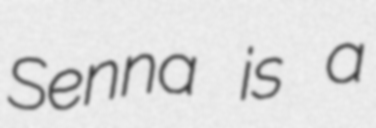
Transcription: Senna is a